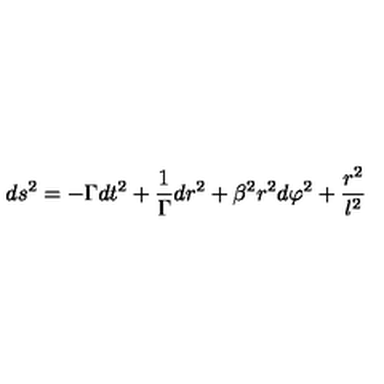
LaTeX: d s ^ { 2 } = - \Gamma d t ^ { 2 } + \frac 1 \Gamma d r ^ { 2 } + \beta ^ { 2 } r ^ { 2 } d \varphi ^ { 2 } + \frac { r ^ { 2 } } { l ^ { 2 } }